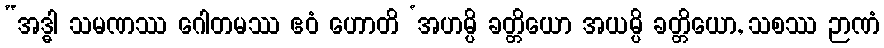
“အဒ္ဓါ သမဏဿ ဂေါတမဿ ဧဝံ ဟောတိ ‘အဟမ္ပိ ခတ္တိယော အယမ္ပိ ခတ္တိယော, သစဿ ဉာဏံ